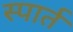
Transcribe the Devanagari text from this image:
स्पार्त